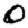
Digit: 0